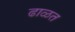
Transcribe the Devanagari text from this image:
ढाळत